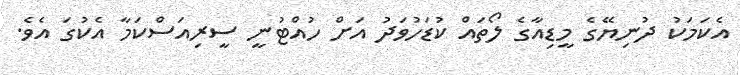
އެކަމަކު ދުނިޔޭގެ މީޑިއާގެ ލޯތައް ކުޑަހުވަދު އަށް ހުއްޓުނީ ސީރިއަސްކަމާ އެކުގަ އެވެ.